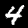
Digit: 4